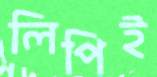
লিপিই